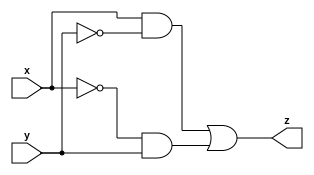
`timescale 1ns / 1ps
//////////////////////////////////////////////////////////////////////////////////
// Company: 
// Engineer: 
// 
// Design Name: 
// Module Name:    myxor 
// Project Name: 
// Target Devices: 
// Tool versions: 
// Description: 
//
// Dependencies: 
//
// Revision: 
// Revision 0.01 - File Created
// Additional Comments: 
//
//////////////////////////////////////////////////////////////////////////////////
module myxor(x,y,z);
	input x,y;
	output z;
	wire z;
	assign z=(x&~y)|(~x&y);
endmodule